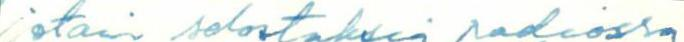
jotain selostuksia radiossa